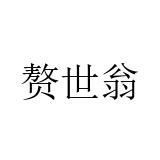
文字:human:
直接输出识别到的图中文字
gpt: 赘世翁